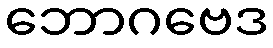
ဘောဂဗေဒ